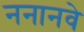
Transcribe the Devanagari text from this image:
ननानवे